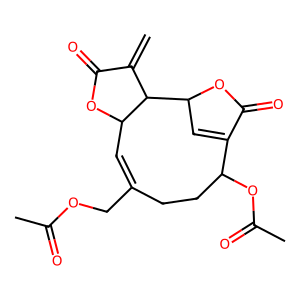
SMILES: C=C1C(=O)OC2C=C(COC(C)=O)CCC(OC(C)=O)C3=CC(OC3=O)C12
Inhibits HIV replication: No